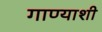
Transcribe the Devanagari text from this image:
गाण्याशी